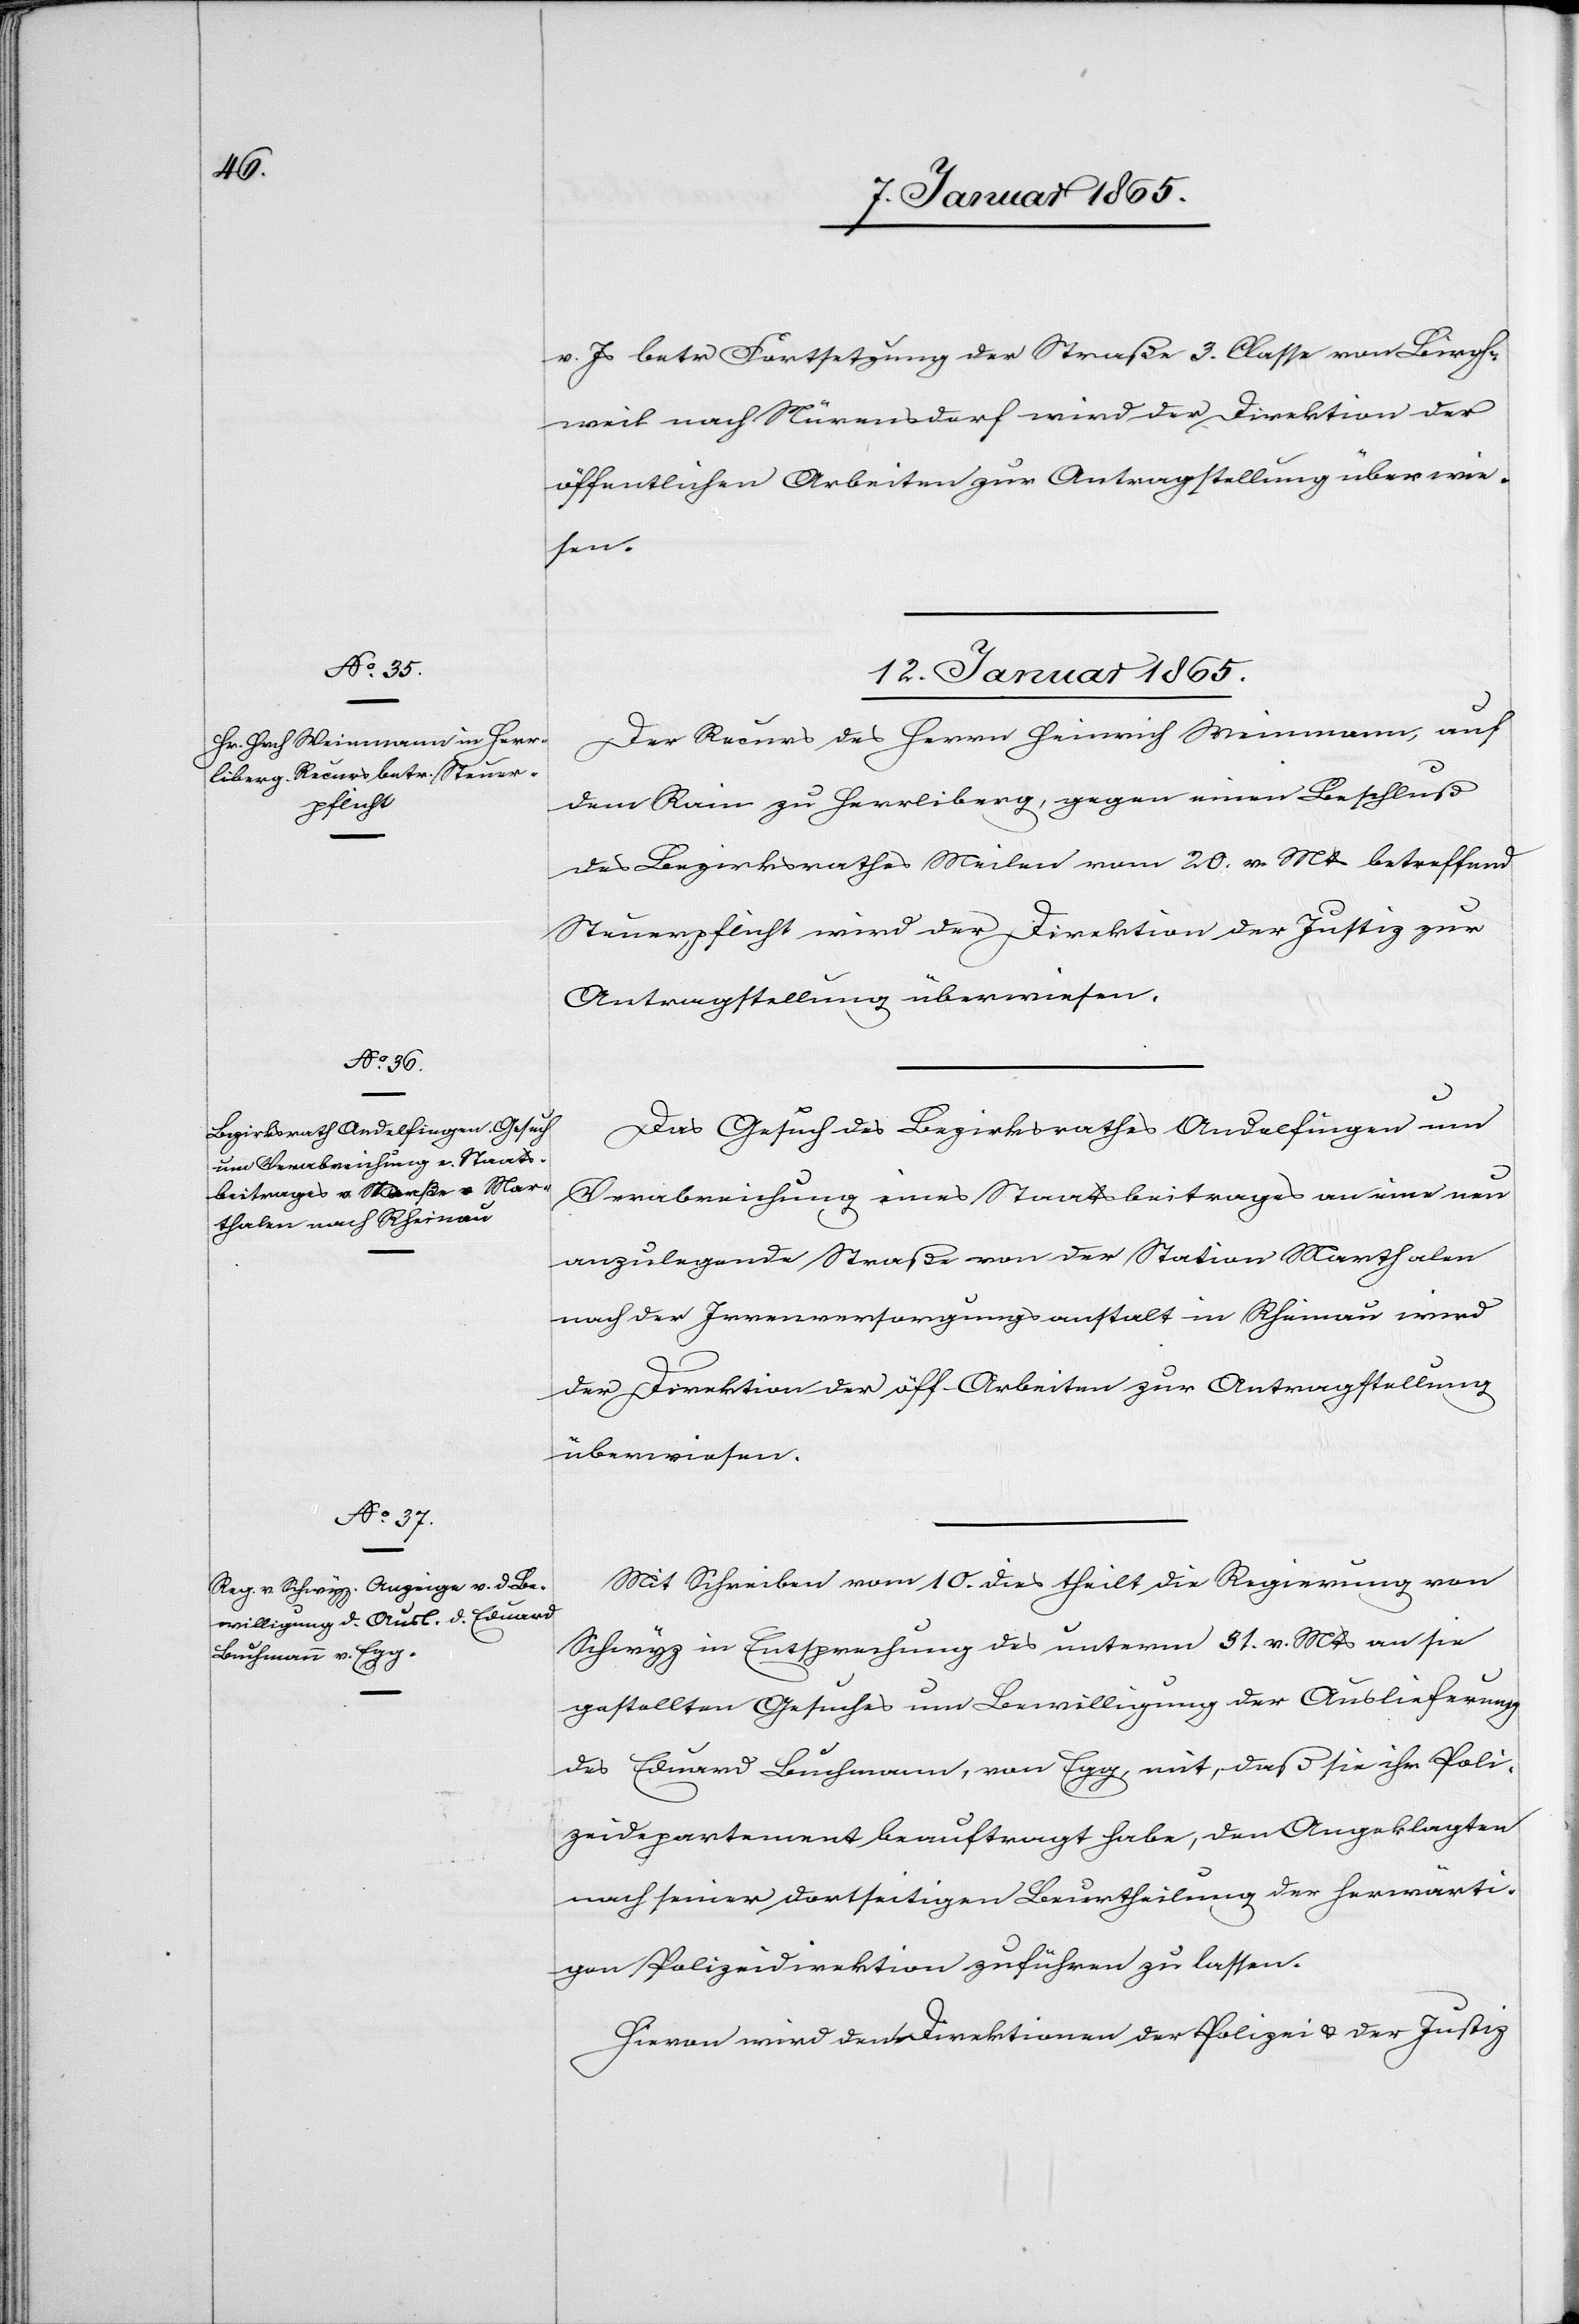
v. Js betr Fortsetzung der Straße 3. Classe von Birch¬
weil nach Nürensdorf wird der Direktion der
öffentlichen Arbeiten zur Antragstellung überwie¬
sen.
12. Januar 1865.]
Der Recurs des Herrn Heinrich Weinmann, auf
dem Rain zu Herrliberg, gegen einen Beschluß
des Bezirksrathes Meilen vom 20. v. Mts betreffend
Steuerpflicht wird der Direktion der Justiz zur
Antragstellung überwiesen.
Das Gesuch des Bezirksrathes Andelfingen um
Verabreichung eines Staatsbeitrages an eine neu
anzulegende Straße von der Station Marthalen
nach der Irrenversorgungsanstalt in Rheinau wird
der Direktion der öff. Arbeiten zur Antragstellung
überwiesen.
Mit Schreiben vom 10. dies theilt die Regierung von
Schwyz in Entsprechung des unterm 31. v. Mts an sie
gestellten Gesuches um Bewilligung der Auslieferung
des Eduard Buchmann, von Egg, mit, daß sie ihr Poli¬
zeidepartement beauftragt habe, den Angeklagten
nach seiner dortseitigen Beurtheilung der herwärti¬
gen Polizeidirektion zuführen zu lassen.
Hievon wird den Direktionen der Polizei u. der Justiz